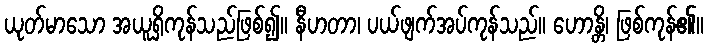
ယုတ်မာသော အယူရှိကုန်သည်ဖြစ်၍။ နီဟတာ၊ ပယ်ဖျက်အပ်ကုန်သည်။ ဟောန္တိ၊ ဖြစ်ကုန်၏။